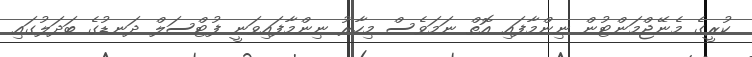
ކުރީގެ މެނޭޖްމަންޓުން ނިންމާފައި އޮތް ނަމަވެސް މިހާރު ނިންމާފައިވަނީ ފުޓްސަލް ދަނޑުގެ ބަދަލުގައި